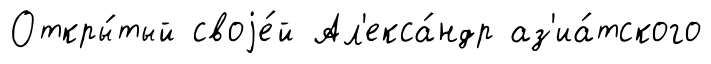
Откры́тый своjе́й Ал'екса́ндр аз'иа́тского